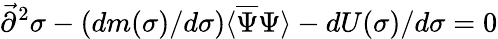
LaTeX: {\vec{\partial}}^{2}\sigma-(dm(\sigma)/d\sigma)\langle{\overline{{\Psi}}}\Psi\rangle-dU(\sigma)/d\sigma=0